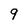
Character: 9